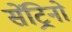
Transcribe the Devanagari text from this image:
सेंट्रिनो